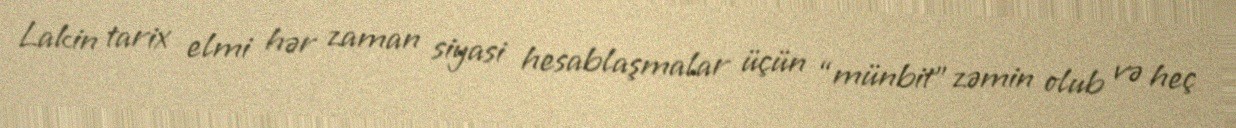
Lakin tarix elmi hər zaman siyasi hesablaşmalar üçün “münbit” zəmin olub və heç